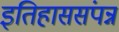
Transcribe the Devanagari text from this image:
इतिहाससंपन्न